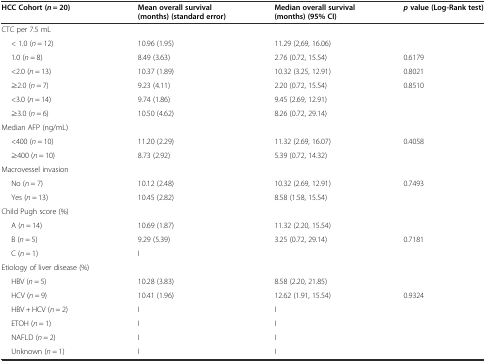
| HCC Cohort (n = 20) | Mean overall survival (months) (standard error) | Median overall survival (months) (95% CI) | pvalue (Log-Rank test) |
 | --- | --- | --- | --- |
 | CTC per 7.5 mL |  |  |  |
 | < 1.0 (n = 12) | 10.96 (1.95) | 11.29 (2,69, 16.06) |  |
 | 1.0 (n = 8) | 8.49 (3.63) | 2.76 (0.72, 15.54) | 0.6179 |
 | <2.0 (n = 13) | 10.37 (1.89) | 10.32 (3.25, 12.91) | 0.8021 |
 | ≥2.0 (n = 7) | 9.23 (4.11) | 2.20 (0.72, 15.54) | 0.8510 |
 | <3.0 (n = 14) | 9.74 (1.86) | 9.45 (2.69, 12.91) |  |
 | ≥3.0 (n = 6) | 10.50 (4.62) | 8.26 (0.72, 29.14) |  |
 | Median AFP (ng/mL) |  |  |  |
 | <400 (n = 10) | 11.20 (2.29) | 11.32 (2.69, 16.07) | 0.4058 |
 | ≥400 (n = 10) | 8.73 (2.92) | 5.39 (0.72, 14.32) |  |
 | Macrovessel invasion |  |  |  |
 | No (n = 7) | 10.12 (2.48) | 10.32 (2.69, 12.91) | 0.7493 |
 | Yes (n = 13) | 10.45 (2.82) | 8.58 (1.58, 15.54) |  |
 | Child Pugh score (%) |  |  |  |
 | A (n = 14) | 10.69 (1.87) | 11.32 (2.20, 15.54) |  |
 | B (n = 5) | 9.29 (5.39) | 3.25 (0.72, 29.14) | 0.7181 |
 | C (n = 1) | I |  |  |
 | Etiology of liver disease (%) |  |  |  |
 | HBV (n = 5) | 10.28 (3.83) | 8.58 (2.20, 21.85) |  |
 | HCV (n = 9) | 10.41 (1.96) | 12.62 (1.91, 15.54) | 0.9324 |
 | HBV + HCV (n = 2) | I | I |  |
 | ETOH (n = 1) | I | I |  |
 | NAFLD (n = 2) | I | I |  |
 | Unknown (n = 1) | I | I |  |